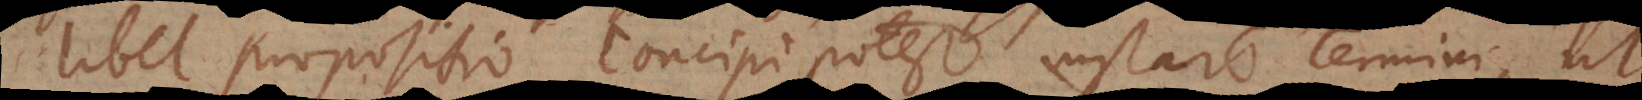
libet propositio concipi potest instar Termini, ut